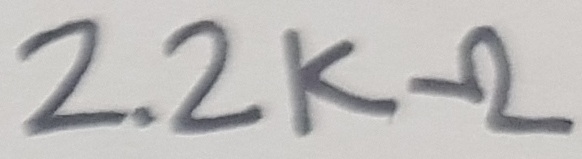
Text: 2.2KΩ